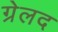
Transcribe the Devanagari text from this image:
ग्रेलद